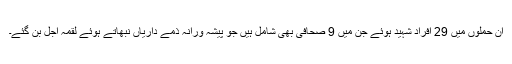
ان حملوں میں 29 افراد شہید ہوئے جن میں 9 صحافی بھی شامل ہیں جو پیشہ ورانہ ذمے داریاں نبھاتے ہوئے لقمۂ اجل بن گئے۔